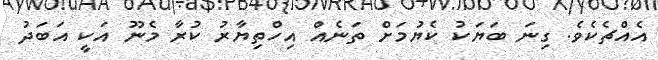
އެއްޗެކެވެ. ގިނަ ބަޔަކު ކެޔުމަށް ތަނެއް އިހްތިޔާރު ކުރާ މެނޫ އަކީ އަބަދު